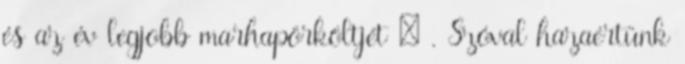
és az év legjobb marhapörköltjét 🙂 . Szóval hazaértünk